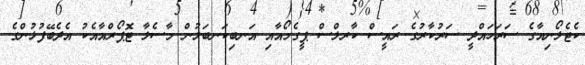
ކެޓެލޯނިއާގެ ސަރަހައްދީ ސަރުކާރުގެ ރައީސް ކާރލްސް ޕީގެމޯއާއި އަނބިކަނބަލުން މާސެލާ ޓޮޕޯރްއާއެކު އެދެބޭފުޅުންގެ